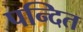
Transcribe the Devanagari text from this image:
पन्दित